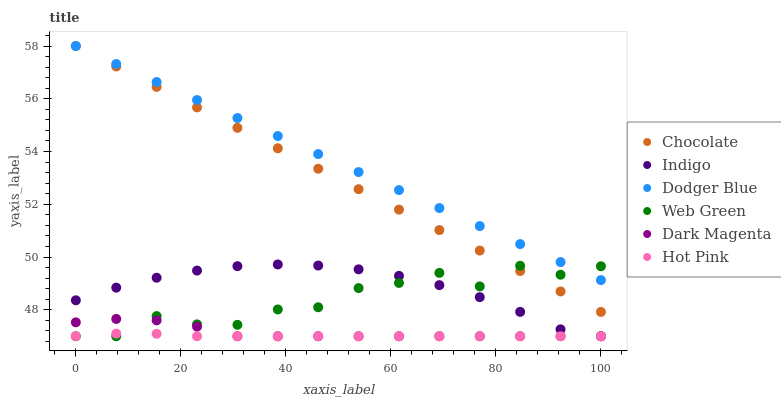
| xaxis_label | Chocolate | Indigo | Dodger Blue | Web Green | Dark Magenta | Hot Pink |
 | --- | --- | --- | --- | --- | --- | --- |
 | 0 | 58 | 48.4 | 58 | 47 | 47.5 | 47 |
 | 7.69 | 57.2 | 48.8 | 57.3 | 47 | 47.7 | 47.1 |
 | 15.4 | 56.4 | 49.2 | 56.6 | 47.8 | 47.6 | 47.1 |
 | 23.1 | 55.7 | 49.5 | 56 | 47.5 | 47.4 | 47 |
 | 30.8 | 54.9 | 49.7 | 55.3 | 47.4 | 47 | 47 |
 | 38.5 | 54.1 | 49.7 | 54.6 | 48 | 47 | 47 |
 | 46.2 | 53.3 | 49.7 | 53.9 | 48.1 | 47 | 47 |
 | 53.8 | 52.6 | 49.5 | 53.2 | 48.8 | 47 | 47 |
 | 61.5 | 51.8 | 49.3 | 52.5 | 49 | 47 | 47 |
 | 69.2 | 51 | 48.9 | 51.9 | 49.4 | 47 | 47 |
 | 76.9 | 50.2 | 48.5 | 51.2 | 48.9 | 47 | 47 |
 | 84.6 | 49.5 | 47.9 | 50.5 | 49.7 | 47 | 47 |
 | 92.3 | 48.7 | 47.3 | 49.8 | 49.3 | 47 | 47 |
 | 100 | 47.9 | 47 | 49.1 | 49.7 | 47 | 47 |